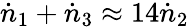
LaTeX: \dot{n}_{1}+\dot{n}_{3}\approx 14\dot{n}_{2}